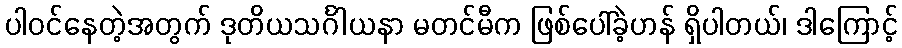
ပါဝင်နေတဲ့အတွက် ဒုတိယသင်္ဂါယနာ မတင်မီက ဖြစ်ပေါ်ခဲ့ဟန် ရှိပါတယ်၊ ဒါကြောင့်